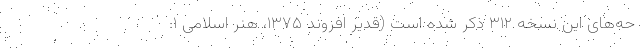
حه‌های این نسخه ۳۱۲ ذکر شده است (قدیر افروند ۱۳۷۵، هنر اسلامی ۱: